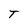
Character: T